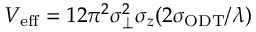
V _ { \mathrm { { e f f } } } = 1 2 \pi ^ { 2 } \sigma _ { \perp } ^ { 2 } \sigma _ { z } ( 2 \sigma _ { \mathrm { { O D T } } } / \lambda )